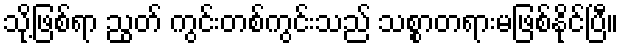
သို့ဖြစ်ရာ ညွတ် ကွင်းတစ်ကွင်းသည် သစ္စာတရားမဖြစ်နိုင်ပြီ။